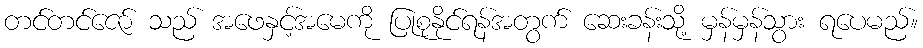
တင်တင်ဇော် သည် အဖေနှင့်အမေကို ပြုစုနိုင်ရန်အတွက် ဆေးခန်းသို့ မှန်မှန်သွား ရပေမည်။